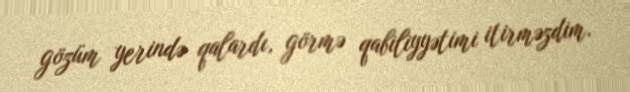
gözüm yerində qalardı, görmə qabiliyyətimi itirməzdim.